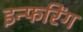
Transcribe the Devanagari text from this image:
इन्फरिंग